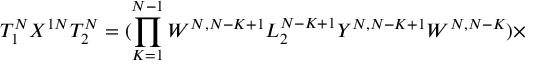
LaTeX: T _ { 1 } ^ { N } X ^ { 1 N } T _ { 2 } ^ { N } = ( \prod _ { K = 1 } ^ { N - 1 } W ^ { N , N - K + 1 } L _ { 2 } ^ { N - K + 1 } Y ^ { N , N - K + 1 } W ^ { N , N - K } ) \times